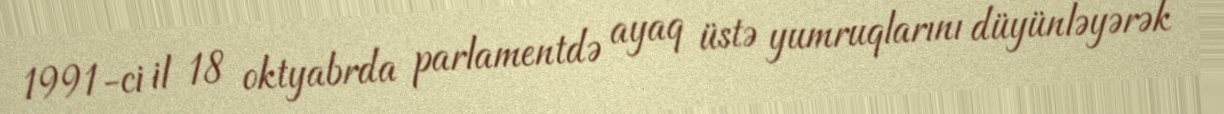
1991-ci il 18 oktyabrda parlamentdə ayaq üstə yumruqlarını düyünləyərək